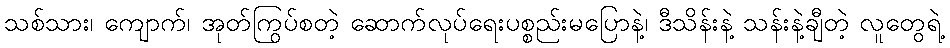
သစ်သား၊ ကျောက်၊ အုတ်ကြွပ်စတဲ့ ဆောက်လုပ်ရေးပစ္စည်းမပြောနဲ့၊ ဒီသိန်းနဲ့ သန်းနဲ့ချီတဲ့ လူတွေရဲ့